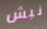
نبش